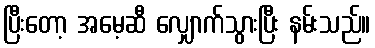
ပြီးတော့ အမေ့ဆီ လျှောက်သွားပြီး နမ်းသည်။